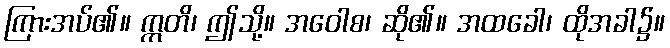
ကြားအပ်၏။ ဣတိ၊ ဤသို့။ အဝေါစ၊ ဆို၏။ အထခေါ၊ ထိုအခါ၌။